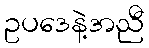
ဥပဒေနဲ့အညီ